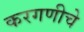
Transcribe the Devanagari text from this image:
करगणीचे